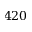
4 2 0